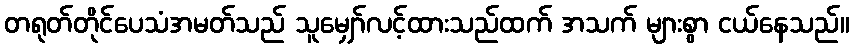
တရုတ်တိုင်ပေသံအမတ်သည် သူမျှော်လင့်ထားသည်ထက် အသက် များစွာ ငယ်နေသည်။